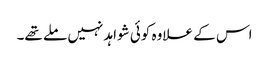
اس کے علاوہ کوئی شواہد نہیں ملے تھے۔